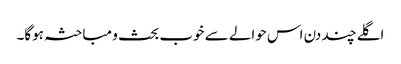
اگلے چند دن اس حوالے سے خوب بحث و مباحثہ ہوگا۔